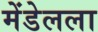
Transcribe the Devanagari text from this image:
मेंडेलला